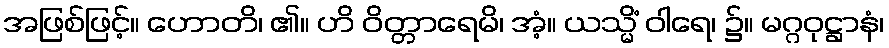
အဖြစ်ဖြင့်။ ဟောတိ၊ ၏။ ဟိ ဝိတ္တာရေမိ၊ အံ့။ ယသ္မိံ ဝါရေ၊ ၌။ မဂ္ဂဝုဋ္ဌာနံ၊